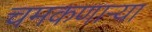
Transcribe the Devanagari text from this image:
चमकणार्‍या